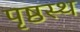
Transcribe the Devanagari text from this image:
पृष्ठस्थ